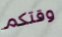
وقتكم